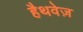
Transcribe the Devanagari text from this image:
हैथवेज़